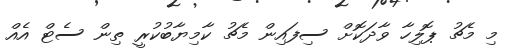
މި މެޗު ޕޮލިހާ ވާދަކޮށް ސިފައިން މެޗު ކާމިޔާބުކުރީ ތިން ސެޓް އެއް